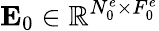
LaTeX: {\mathbf E}_{0}\in\mathbb{R}^{N_{0}^{e}\times F_{0}^{e}}